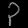
Digit: ၃